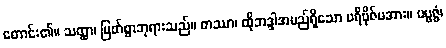
တောင်း၏။ သတ္ထာ၊ မြတ်စွာဘုရားသည်။ တဿာ၊ ထိုဘဒ္ဒါအမည်ရှိသော ပရိဗိုဇ်မအား။ ပဗ္ဗဇ္ဇံ၊